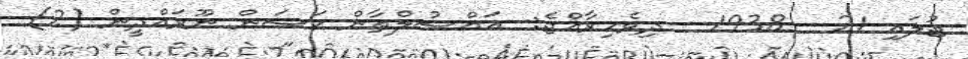
ޖުލައި 21 - 1938 - ދިވެހިރާއްޖެ:- އަައްސުލްޠާން ޙަސަން ނޫރައްދީން (2)